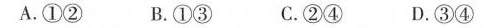
A.①② B.①③ C.②④ D.③④